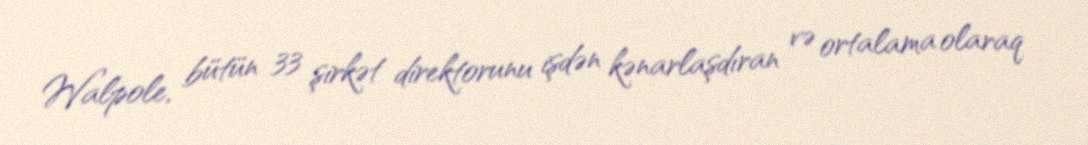
Walpole, bütün 33 şirkət direktorunu işdən kənarlaşdıran və ortalama olaraq